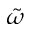
\tilde { \omega }